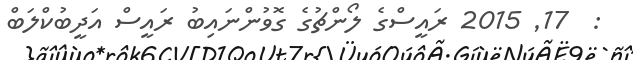
:  17